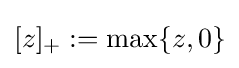
[z]_{+}:=\max\{z,0\}